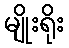
မျိုးရိုး